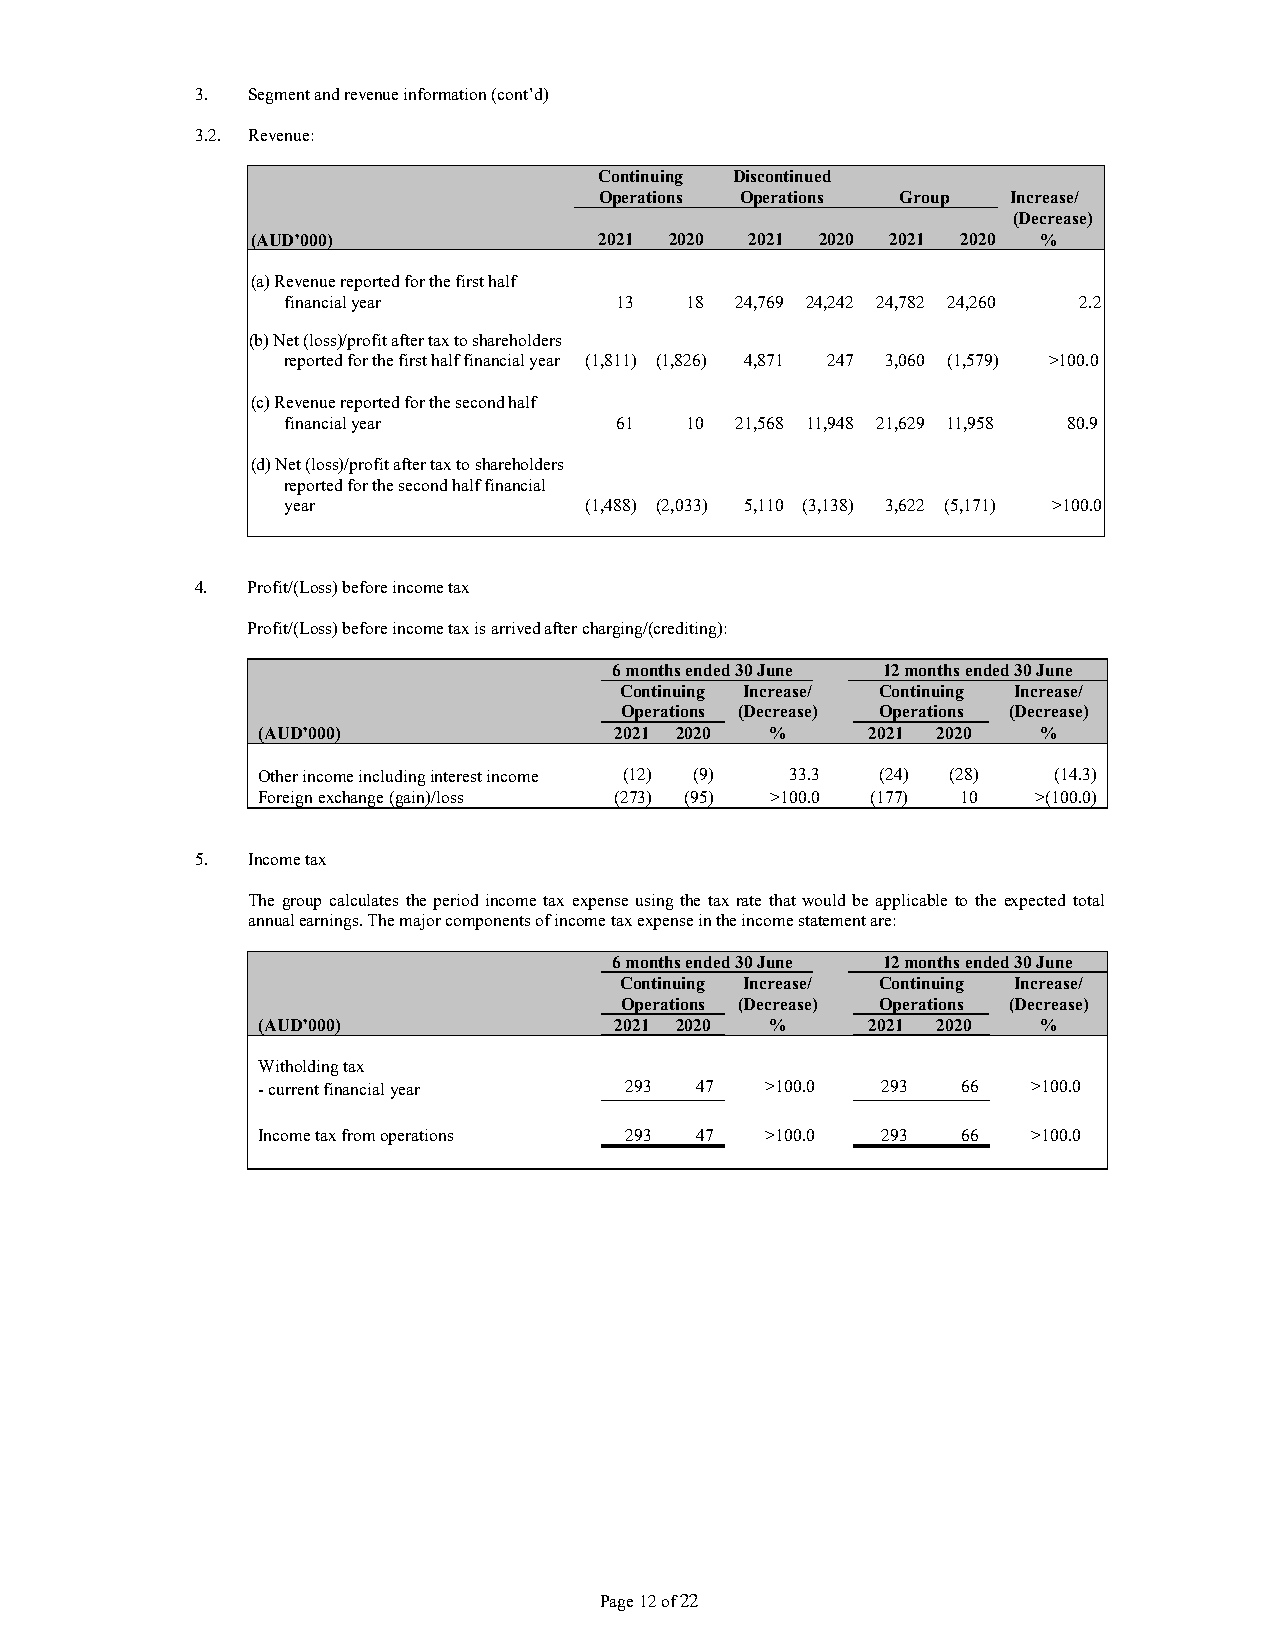
3. Segment and revenue information (cont’d)
 3.2. Revenue:
 Continuing Discontinued
 Operations Operations Group Increase/
 (Decrease)
 (AUD’000)              2021 2020 2021 2020 2021 2020 %
 (a) Revenue reported for the first half
 financial year        13  18  24,769 24,242 24,782 24,260 2.2
 (b) Net (loss)/profit after tax to shareholders
 reported for the first half financial year (1,811) (1,826) 4,871 247 3,060 (1,579) >100.0
 (c) Revenue reported for the second half
 financial year        61  10  21,568 11,948 21,629 11,958 80.9
 (d) Net (loss)/profit after tax to shareholders
 reported for the second half financial
 year                (1,488) (2,033) 5,110 (3,138) 3,622 (5,171) >100.0
 4. Profit/(Loss) before income tax
 Profit/(Loss) before income tax is arrived after charging/(crediting):
 6 months ended 30 June 12 months ended 30 June
 Continuing Increase/ Continuing Increase/
 Operations (Decrease) Operations (Decrease)
 (AUD’000)               2021 2020 %      2021 2020  %
 Other income including interest income (12) (9) 33.3 (24) (28) (14.3)
 Foreign exchange (gain)/loss (273) (95) >100.0 (177) 10 >(100.0)
 5. Income tax
 The group calculates the period income tax expense using the tax rate that would be applicable to the expected total
 annual earnings. The major components of income tax expense in the income statement are:
 6 months ended 30 June 12 months ended 30 June
 Continuing Increase/ Continuing Increase/
 Operations (Decrease) Operations (Decrease)
 (AUD’000)               2021 2020 %      2021 2020  %
 Witholding tax
 - current financial year 293 47   >100.0 293   66  >100.0
 Income tax from operations 293 47 >100.0 293   66  >100.0
 Page 12 of 22